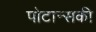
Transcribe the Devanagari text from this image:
पोटान्सकी